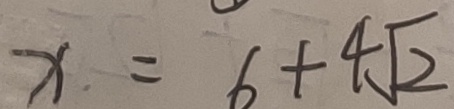
x = 6 + 4 \sqrt { 2 }